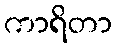
ကာရိတာ